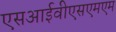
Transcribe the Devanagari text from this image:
एसआईवीएसएमएम